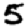
Digit: 5